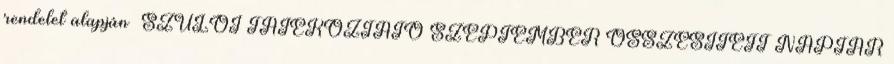
rendelet alapján SZÜLŐI TÁJÉKOZTATÓ SZEPTEMBER ÖSSZESÍTETT NAPTÁR